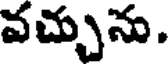
వచ్చును.